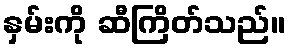
နှမ်းကို ဆီကြိတ်သည်။